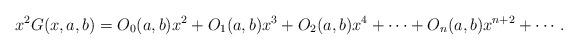
LaTeX: \begin{align*}x^{2}G(x,a,b)=O_{0}(a,b)x^{2}+O_{1}(a,b)x^{3}+O_{2}(a,b)x^{4}+\cdots+O_{n}(a,b)x^{n+2}+\cdots.\end{align*}